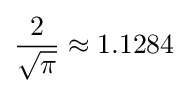
{\frac {2}{\sqrt {\pi }}}\approx 1.1284